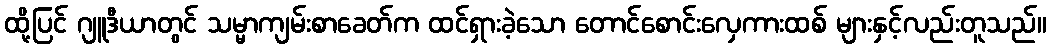
ထို့ပြင် ဂျူဒီယာတွင် သမ္မာကျမ်းစာခေတ်က ထင်ရှားခဲ့သော တောင်စောင်းလှေကားထစ် များနှင့်လည်းတူသည်။